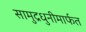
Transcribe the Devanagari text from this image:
सामुद्रधुनीमार्फत